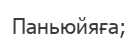
Паньюйяға;